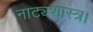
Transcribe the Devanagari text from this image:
नाट्यशास्त्र।